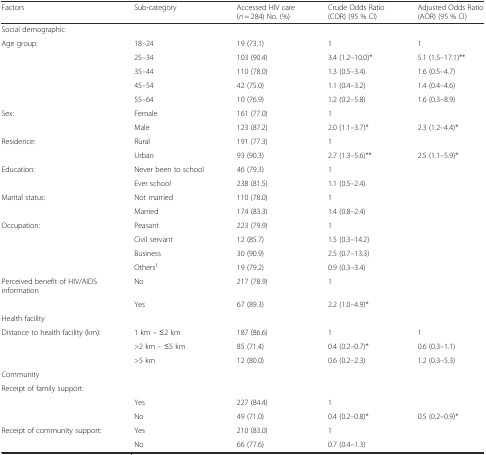
<table><thead><tr><td><b>Factors</b></td><td><b>Sub-category</b></td><td><b>Accessed HIV care (<i>n</i> = 284) No. (%)</b></td><td><b>Crude Odds Ratio (COR) (95 % CI)</b></td><td><b>Adjusted Odds Ratio (AOR) (95 % CI)</b></td></tr></thead><tbody><tr><td colspan="5">Social demographic</td></tr><tr><td>Age group:</td><td>18–24</td><td>19 (73.1)</td><td>1</td><td>1</td></tr><tr><td></td><td>25–34</td><td>103 (90.4)</td><td>3.4 (1.2–10.0)*</td><td>5.1 (1.5–17.1)**</td></tr><tr><td></td><td>35–44</td><td>110 (78.0)</td><td>1.3 (0.5–3.4)</td><td>1.6 (0.5–4.7)</td></tr><tr><td></td><td>45–54</td><td>42 (75.0)</td><td>1.1 (0.4–3.2)</td><td>1.4 (0.4–4.6)</td></tr><tr><td></td><td>55–64</td><td>10 (76.9)</td><td>1.2 (0.2–5.8)</td><td>1.6 (0.3–8.9)</td></tr><tr><td>Sex:</td><td>Female</td><td>161 (77.0)</td><td>1</td><td></td></tr><tr><td></td><td>Male</td><td>123 (87.2)</td><td>2.0 (1.1–3.7)*</td><td>2.3 (1.2–4.4)*</td></tr><tr><td>Residence:</td><td>Rural</td><td>191 (77.3)</td><td>1</td><td></td></tr><tr><td></td><td>Urban</td><td>93 (90.3)</td><td>2.7 (1.3–5.6)**</td><td>2.5 (1.1–5.9)*</td></tr><tr><td>Education:</td><td>Never been to school</td><td>46 (79.3)</td><td>1</td><td></td></tr><tr><td></td><td>Ever school</td><td>238 (81.5)</td><td>1.1 (0.5–2.4)</td><td></td></tr><tr><td>Marital status:</td><td>Not married</td><td>110 (78.0)</td><td>1</td><td></td></tr><tr><td></td><td>Married</td><td>174 (83.3)</td><td>1.4 (0.8–2.4)</td><td></td></tr><tr><td>Occupation:</td><td>Peasant</td><td>223 (79.9)</td><td>1</td><td></td></tr><tr><td></td><td>Civil servant</td><td>12 (85.7)</td><td>1.5 (0.3–14.2)</td><td></td></tr><tr><td></td><td>Business</td><td>30 (90.9)</td><td>2.5 (0.7–13.3)</td><td></td></tr><tr><td></td><td>Others<sup>1</sup></td><td>19 (79.2)</td><td>0.9 (0.3–3.4)</td><td></td></tr><tr><td>Perceived benefit of HIV/AIDS information</td><td>No</td><td>217 (78.9)</td><td>1</td><td></td></tr><tr><td></td><td>Yes</td><td>67 (89.3)</td><td>2.2 (1.0–4.9)*</td><td></td></tr><tr><td colspan="4">Health facility</td><td></td></tr><tr><td>Distance to health facility (km):</td><td>1 km – ≤2 km</td><td>187 (86.6)</td><td>1</td><td>1</td></tr><tr><td></td><td>&gt;2 km – ≤5 km</td><td>85 (71.4)</td><td>0.4 (0.2–0.7)*</td><td>0.6 (0.3–1.1)</td></tr><tr><td></td><td>&gt;5 km</td><td>12 (80.0)</td><td>0.6 (0.2–2.3)</td><td>1.2 (0.3–5.3)</td></tr><tr><td colspan="4">Community</td><td></td></tr><tr><td>Receipt of family support:</td><td></td><td></td><td></td><td></td></tr><tr><td></td><td>Yes</td><td>227 (84.4)</td><td>1</td><td></td></tr><tr><td></td><td>No</td><td>49 (71.0)</td><td>0.4 (0.2–0.8)*</td><td>0.5 (0.2–0.9)*</td></tr><tr><td>Receipt of community support:</td><td>Yes</td><td>210 (83.0)</td><td>1</td><td></td></tr><tr><td></td><td>No</td><td>66 (77.6)</td><td>0.7 (0.4–1.3)</td><td></td></tr></tbody></table>